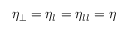
\eta _ { \perp } = \eta _ { l } = \eta _ { l l } = \eta